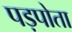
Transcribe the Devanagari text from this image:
पड़पोता